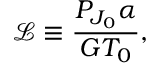
\mathscr { L } \equiv \frac { P _ { J _ { 0 } } \alpha } { G T _ { 0 } } ,